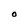
Character: O